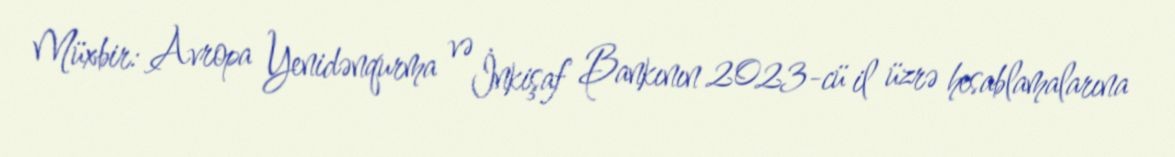
Müxbir: Avropa Yenidənqurma və İnkişaf Bankının 2023-cü il üzrə hesablamalarına